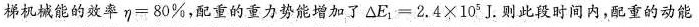
梯机械能的效率η=80%，配重的重力势能增加了△E_{1}=2.4×10^{5}J.则此段时间内，配重的动能